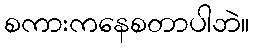
စကားကနေစတာပါဘဲ။